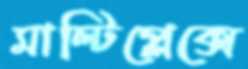
মাল্টিপ্লেক্সে